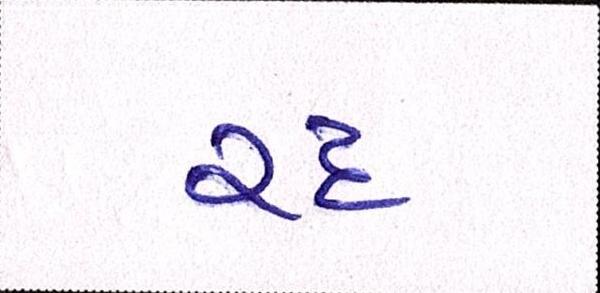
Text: રદ